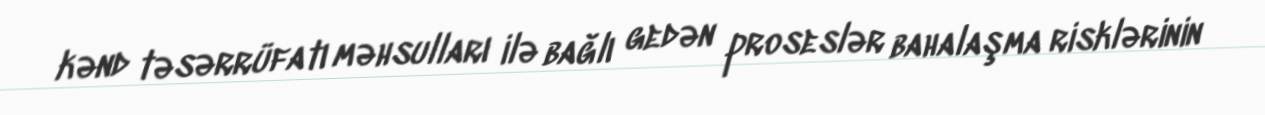
kənd təsərrüfatı məhsulları ilə bağlı gedən proseslər bahalaşma risklərinin